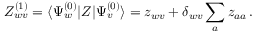
Z _ { w v } ^ { ( 1 ) } = \ensuremath { \langle \Psi _ { w } ^ { ( 0 ) } | } Z \ensuremath { | \Psi _ { v } ^ { ( 0 ) } \rangle } = z _ { w v } + \delta _ { w v } \sum _ { a } z _ { a a } \, .